Statistics compiled by the Government of India from the reports of provincial Civil Veterinary Departments
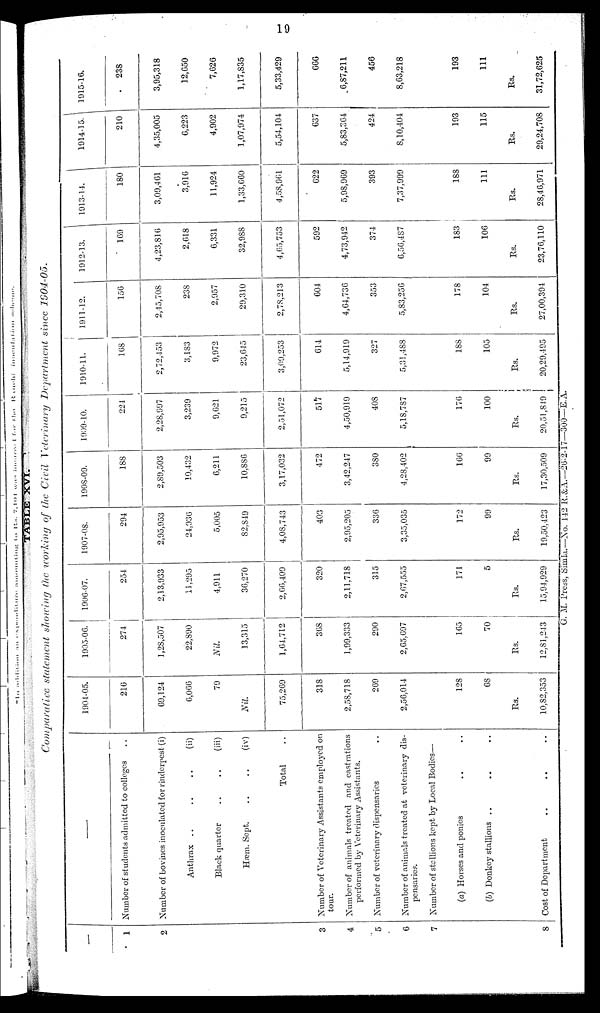
19
TABLE XVI.
Comparative statement showing the working of the Civil Veterinary Department since
1904-05.
—
1
2
3
4
5
6
7
8
—
Number of students admitted to colleges ..
Number of bovines inoculated for rinderpest (i)
Anthrax ..
..
..
(ii)
Black quarter
..
..
(iii)
Hæm.
Sept.
..
..
(iv)
Total ..
Number of Veterinary Assistants employed on
tour.
Number of animals treated and castrations
performed by Veterinary Assistants.
Number of veterinary dispensaries ..
Number of animals treated at veterinary dis-
pensaries.
Number of stallions kept by Local Bodies—
(a) Horses and ponies .. ..
(b) Donkey stallions .. .. ..
Cost of Department .. .. ..
1904-05.
216
69,124
6,066
79
Nil.
75,269
318
2,58,718
269
2,56,014
128
68
Rs.
10,82,353
1905-06.
274
1,28,507
22,890
Nil.
13,315
1,64,712
368
1,99,333
290
2,65,697
165
70
Rs.
12,81,243
1906-07.
254
2,13,933
11,295
4,911
36,270
2,66,409
320
2,11,718
315
267,555
171
5
Rs.
15,94,929
1907-08.
294
2,95,953
24,936
5,005
82,849
4,08,743
403
2,95,205
336
3,35,035
172
99
Rs.
19,50,423
1908-09.
188
2,89,503
10,432
6,211
10,886
3,17,032
472
3,42,247
380
4,28,402
166
99
Rs.
17,30,509
1909-10.
224
2,28,997
3,239
9,621
9,215
2,51,072
517
4,50,919
408
5,18,787
176
100
Rs.
20,51,849
1910-11.
168
2,72,453
3,183
9,972
23,645
3,09,253
614
5,14,919
327
5,31,488
188
105
Rs.
20,29,495
1911-12.
156
2,45,708
238
2,957
29,310
2,78,213
604
4,64,736
353
5,83,256
178
104
Rs.
27,00,394
1912-13.
169
4,23,816
2,618
6,331
32,988
4,65,753
592
4,73,942
374
6,56,487
183
106
Rs.
23,76,110
1913-14.
180
3,09,461
3,916
11,924
1,33,660
4,58,961
622
5,98,969
393
7,37,999
188
111
Rs.
28,46,971
1914-15.
210
4,35,005
6,223
4,902
1,07,974
5,54,104
637
5,83,364
424
8,10,404
193
115
Rs.
29,24,708
1915-16.
238
3,95,318
12,650
7,626
1,17,835
5,33,429
666
6,87,211
456
8,63,218
193
111
Rs.
31,72,625
G. M. Press, Simla.—No. 142 R.&A.—26-2-17—300—E.A.